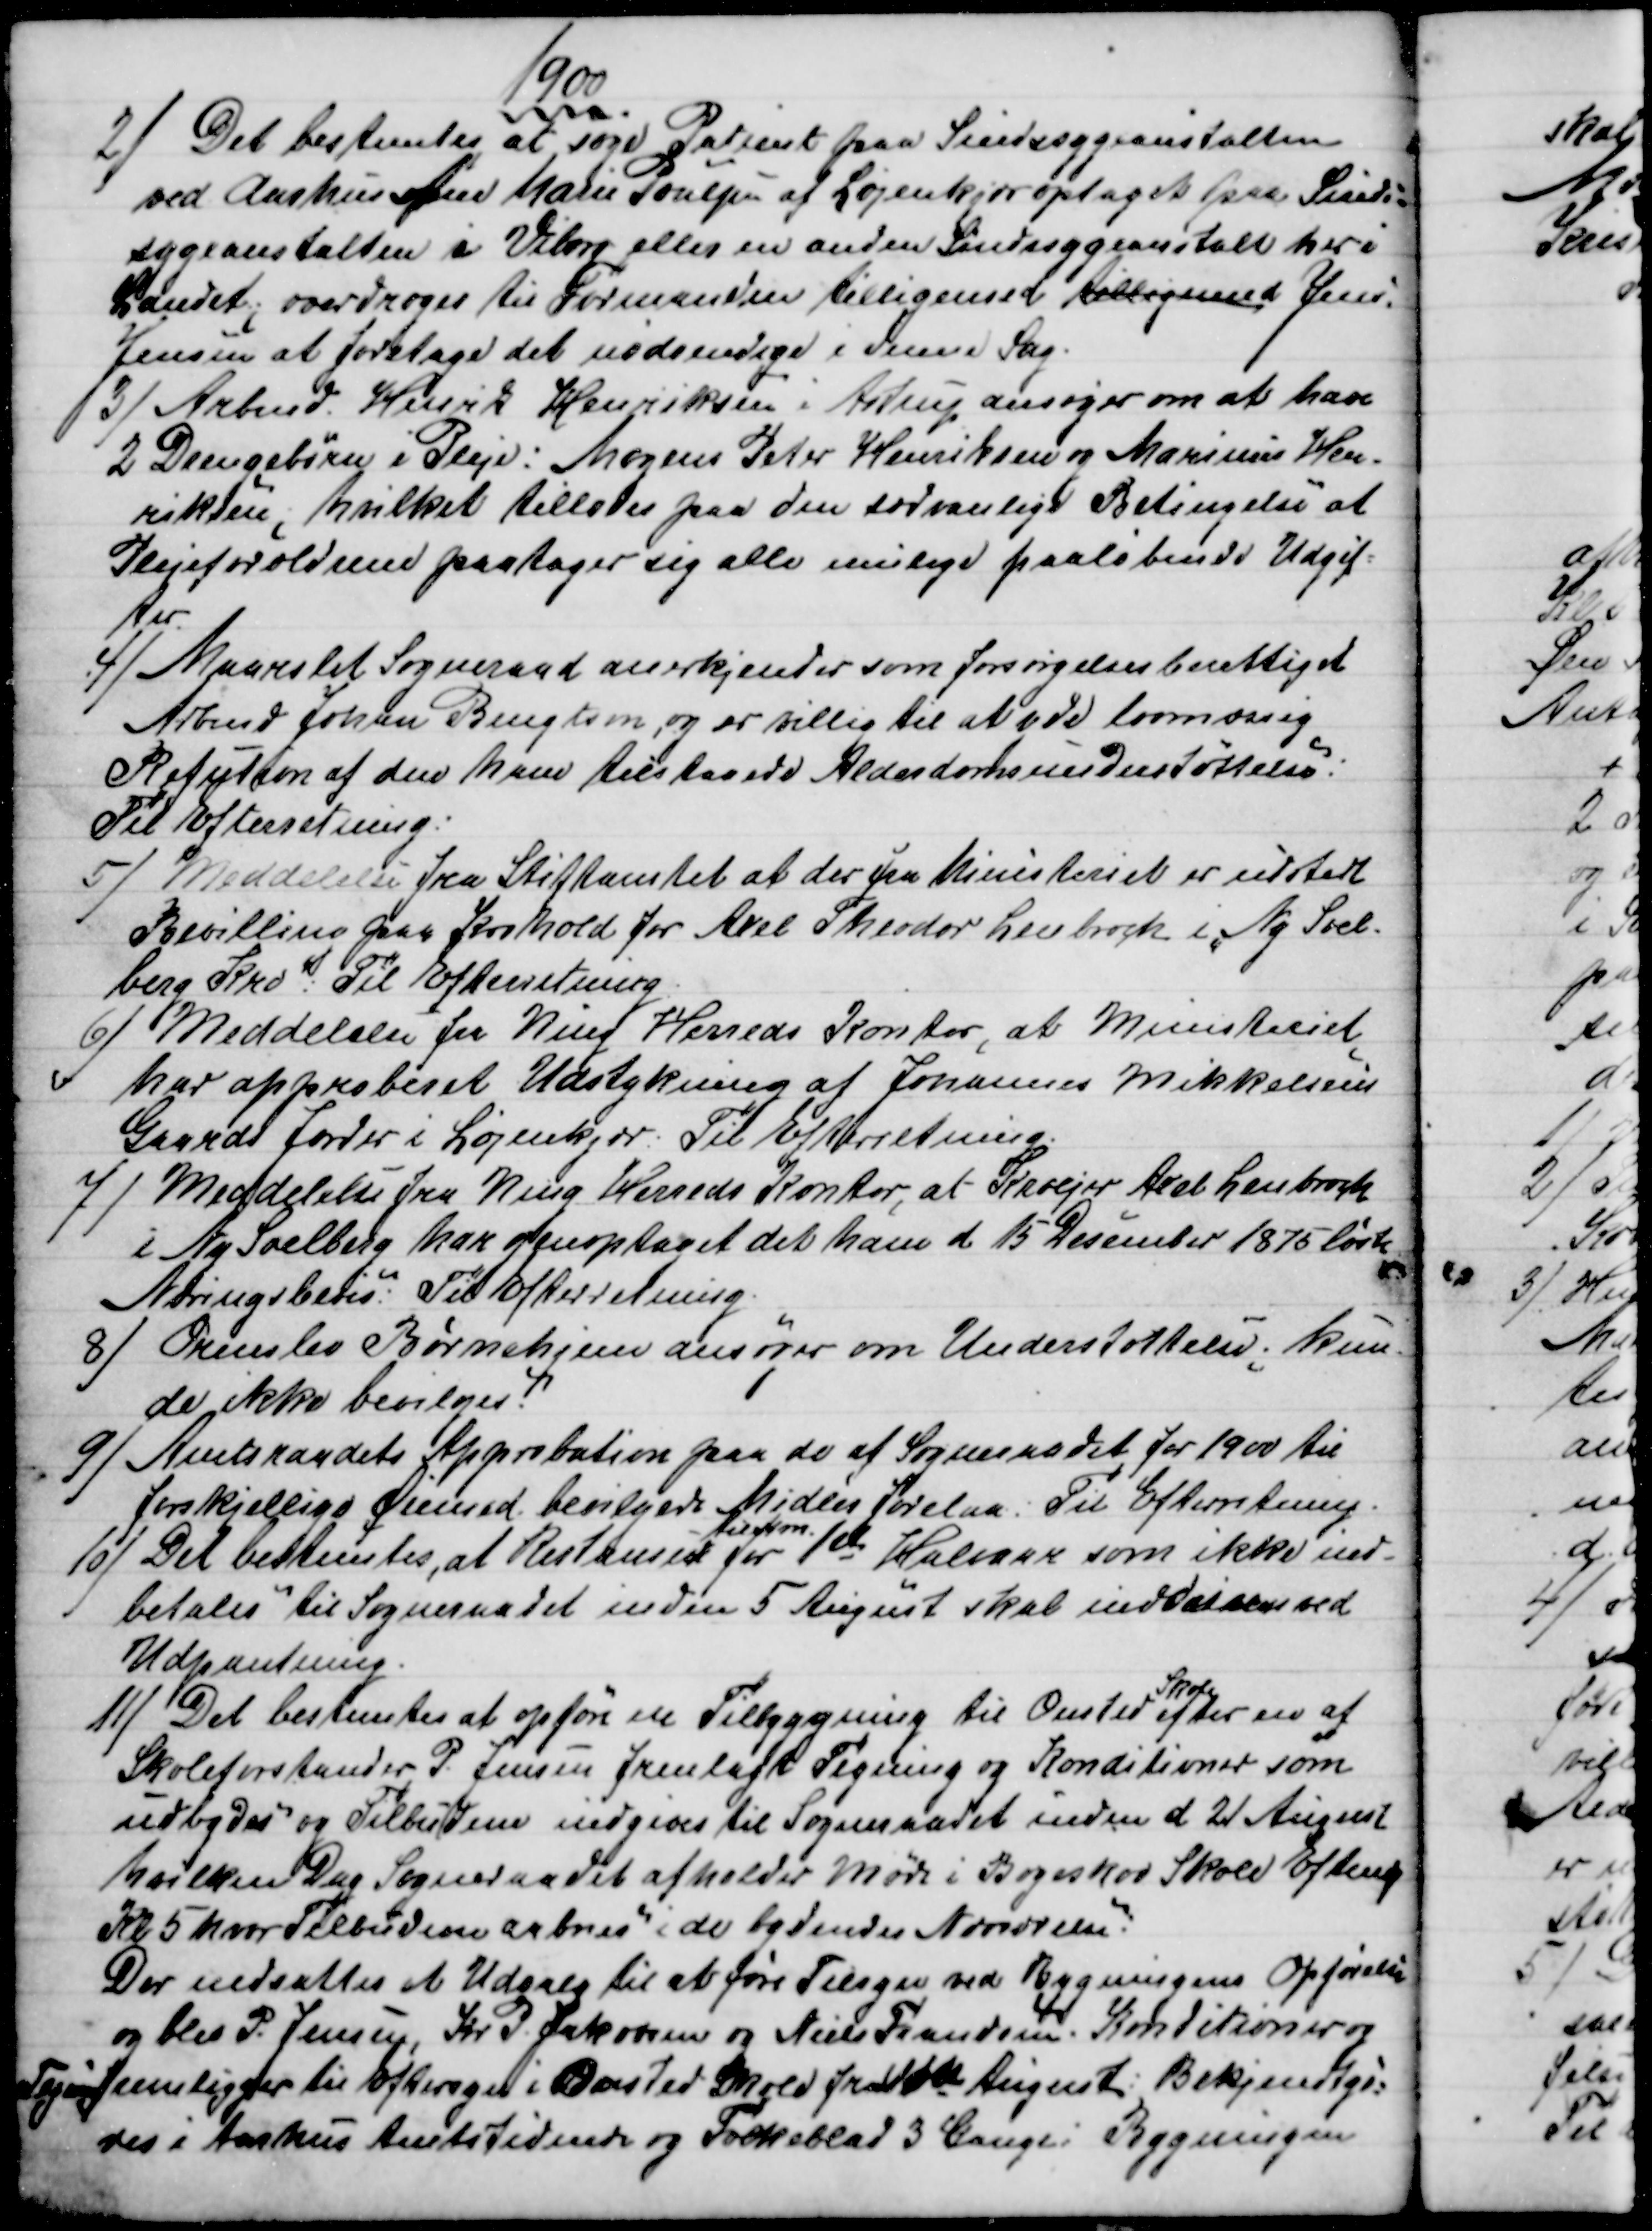
Transskription:
1900
2) 
Det bestemtes at søge Patient paa Sindssygeanstalten
ved Aarhus Ane Marie Poulsen af Løjenkjær optaget paa Sinds=
sygeanstalten i Viborg eller en anden Sindssygeanstalt her i
Landet; overdroges til Formanden tilligemed tilligemed Jens
Jensen at foretage det nødvendige i denne Sag.
3)
Arbmd. Henrik Henriksen i Astrup ansøger om at have
2 Drengebørn i Pleje: Mogens Peter Henriksen og Marinus Hen-
riksen; hvilket tillodes paa den sædvanlige Betingelse at
Plejeforældrene paatager sig alle mulige paaløbende Udgif=
ter.
4)
Maarslet Sogneraad anerkjender som forsørgelsesberettiget
Arbmd Johan Bengtson, og er villig til at yde lovmæssig
Refution af den ham tilstaaede Alderdomsunderstøttelse.
Til Efterretning:
5) 
Meddelelse fra Stiftamtet at der fra Ministeriet er udstedt
Bevilling paa Krohold for Axel Theodor Lenborch i Ny Soel-
berg Kro: Til Efterretning
6) 
Meddelelse fra Ning Herreds Kontor, at Ministeriet
har approberet Udstykning af Johannes Mikkelsens
Gaards Jorder i Løjenkjær. Til Efterretning
7) 
Meddelelse fra Ning Herreds Kontor, at Kroejer Axel Lenbroch
i Ny Soelberg har genoptaget det ham d 15 Desember 1875 løste
Næringsbevis. Til Efterretning.
8) 
 Ormslev Børnehjem ansøger om Understøttelse, kun-
de ikke bevilges
9)
Amtsraadets Approbation paa de af Sogneraadet for 1900 til
forskjellige Øjemed bevilgede Midler forelaa: Til Efterretning.
10) 
Det bestemtes, at Restansen 
til Kom.
for 1ste Halvaar som ikke ind=
betales til Sogneraadet inden 5 August skal inddrives ved
Udpantning.
11) 
Det bestemtes at opføre en Tilbygning til Onsted 
Skole
efter en af
Skoleforstander P. Jensen fremlagt Tegning og Konditioner som
udbydes og Tilbudene indgives til Sogneraadet inden d 21 August
hvilken Dag Sogneraadet afholder Møde i Bøgeskov Skole Eftmdg
Kl 5 hvor Tilbudene aabnes "i de bydendes Nærværelse".
Der nedsattes et Udvalg til at føre Tilsyn ved Bygningens Opførelse
og blev P. Jensen, Kr P. Jakobsen og Niels Frandsen. Konditioner og
Tegning fremligger til Eftersyn i Onsted Skole fra 10de August: Bekjendtgø=
res i Aarhus Amtstidende og Folkeblad 3 Gange: Bygningen